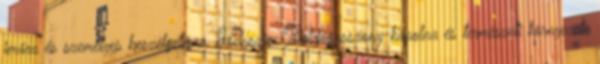
imára és személyes beszélgetésre. Helyszín: Boldogasszony-kápolna és természeti környezete